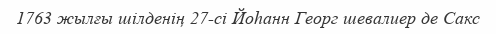
1763 жылғы шілденің 27-сі Йоһанн Георг шевалиер де Сакс